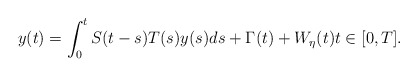
\begin{align*}y(t) = \int_0^t S(t-s)T(s)y(s)ds + \Gamma(t) + W_{\eta}(t) t \in [0,T].\end{align*}